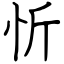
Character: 忻